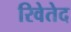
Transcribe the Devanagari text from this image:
रिवेतेद